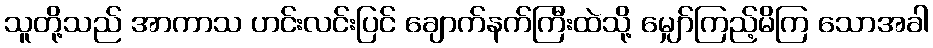
သူတို့သည် အာကာသ ဟင်းလင်းပြင် ချောက်နက်ကြီးထဲသို့ မျှော်ကြည့်မိကြ သောအခါ